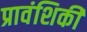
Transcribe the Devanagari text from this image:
प्रावंशिकी